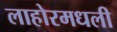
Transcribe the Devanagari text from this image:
लाहोरमधली